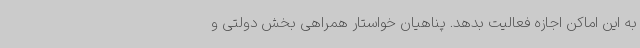
به این اماکن اجازه فعالیت بدهد. پناهیان خواستار همراهی بخش دولتی و